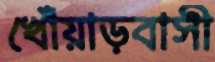
খোঁয়াড়বাসী